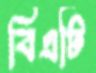
বিএটি